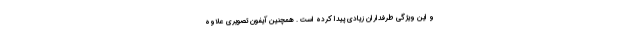
و این ویژگی طرفداران زیادی پیدا کرده است . همچنین آیفون تصویری علاوه